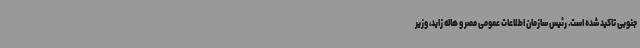
جنوبی تاکید شده است. رئیس سازمان اطلاعات عمومی مصر و هاله زاید، وزیر